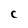
Character: c